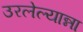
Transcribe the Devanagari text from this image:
उरलेल्यान्ना